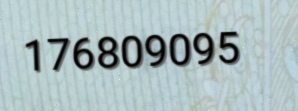
176809095